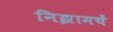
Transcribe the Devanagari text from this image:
निझामचें